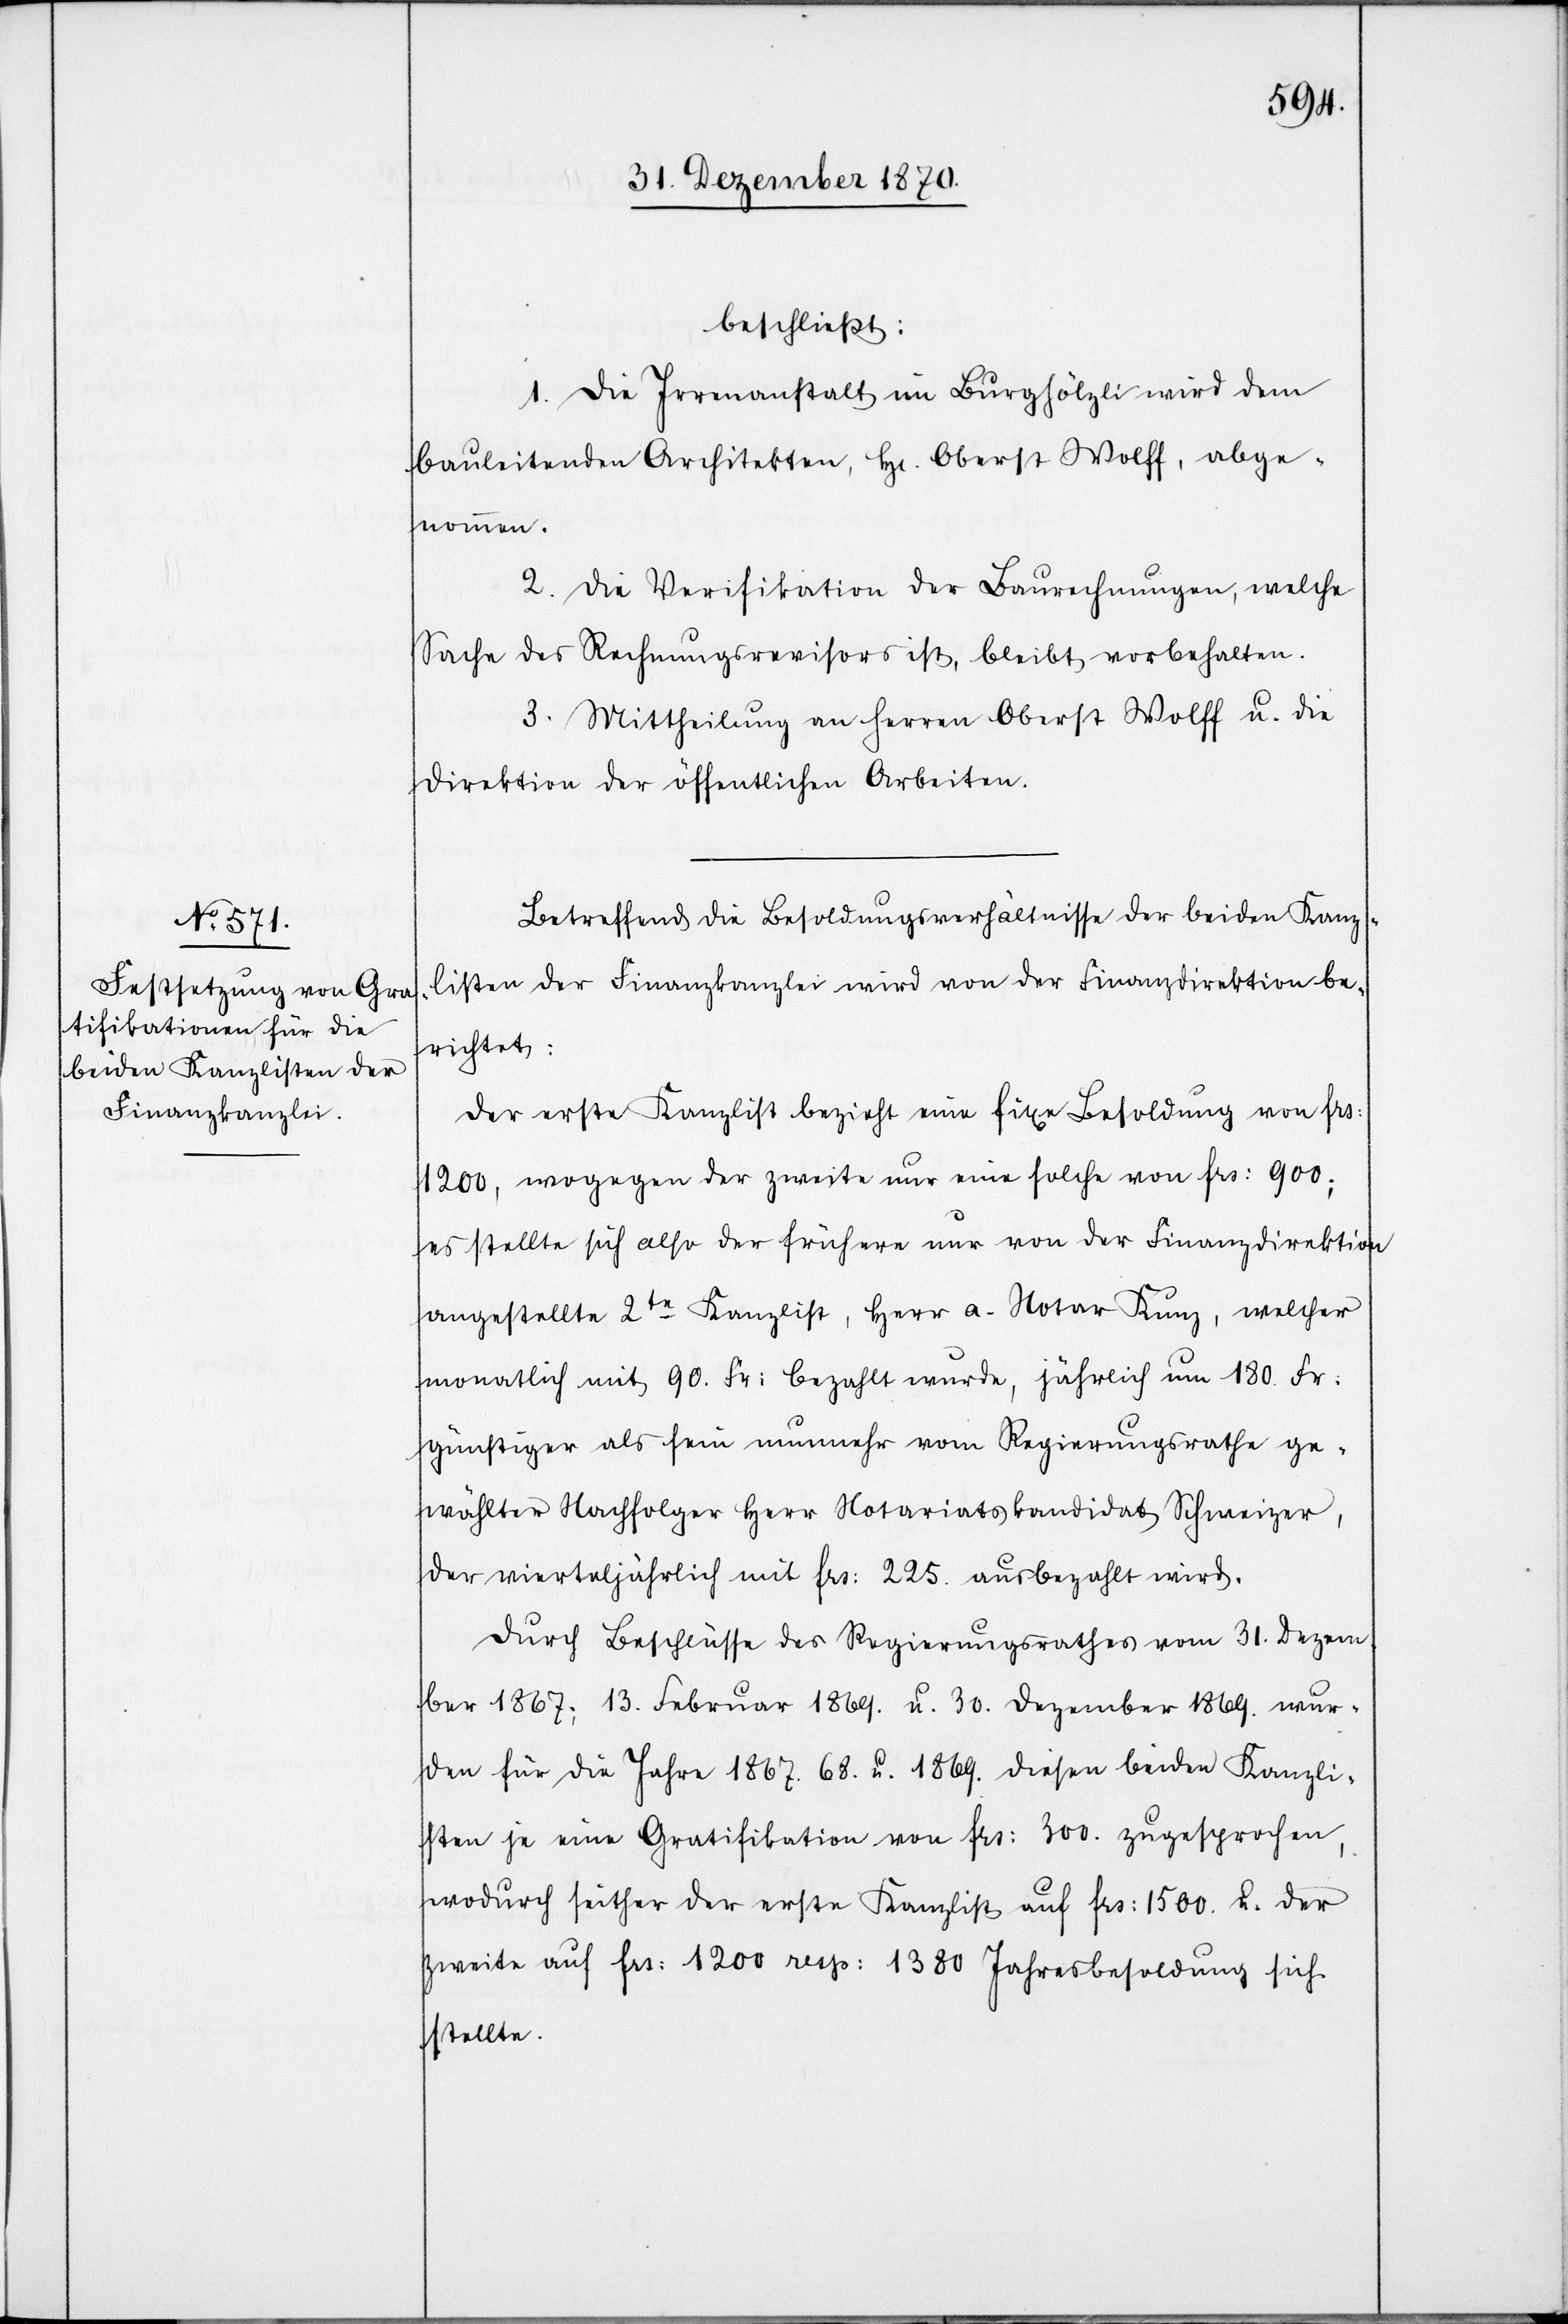
beschließt:
1. Die Irrenanstalt im Burghölzli wird dem
bauleitenden Architekten, H[errn] Oberst Wolff, abge¬
nommen.
2. Die Verifikation der Baurechnungen, welche
Sache des Rechnungsrevisors ist, bleibt vorbehalten.
3. Mittheilung an Herren Oberst Wolff u. die
Direktion der öffentlichen Arbeiten.
Betreffend die Besoldungsverhältnisse der beiden Kanz¬
listen der Finanzkanzlei wird von der Finanzdirektion be¬
richtet:
Der erste Kanzlist bezieht eine fixe Besoldung von Frs:
1200, wogegen der zweite nur eine solche von Frs: 900;
es stellte sich also der frühere nur von der Finanzdirektion
angestellte 2te Kanzlist, Herr a. Notar Kunz, welcher
monatlich mit 90. Fr: bezahlt wurde, jährlich um 180. Fr:
günstiger als sein nunmehr vom Regierungsrathe ge¬
wählter Nachfolger Herr Notariatskandidat Scheininger,
der vierteljährlich mit Frs: 225. ausbezahlt wird.
Durch Beschlüsse des Regierungsrathes vom 31. Dezem¬
ber 1867; 13. Februar 1869. u. 30. Dezember 1869. wur¬
den für die Jahre 1867. 68. u. 1869. diesen beiden Kanzli¬
sten je eine Gratifikation von Frs: 300. zugesprochen,
wodurch seither der erste Kanzlist auf Frs: 1500. u. der
zweite Frs: 1200 resp: 1380 Jahresbesoldung sich
stellte.